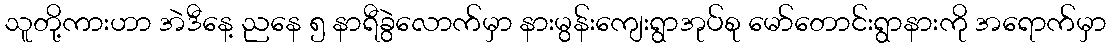
သူတို့ကားဟာ အဲဒီနေ့ ညနေ ၅ နာရီခွဲလောက်မှာ နားမွန်းကျေးရွာအုပ်စု မော်တောင်းရွာနားကို အရောက်မှာ